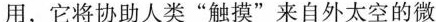
用，它将协助人类”触摸”来自外太空的微